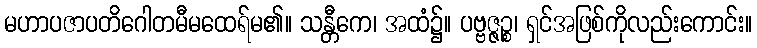
မဟာပဇာပတိဂေါတမီမထေရ်မ၏။ သန္တီကေ၊ အထံ၌။ ပဗ္ဗဇ္ဇဉ္စ၊ ရှင်အဖြစ်ကိုလည်းကောင်း။